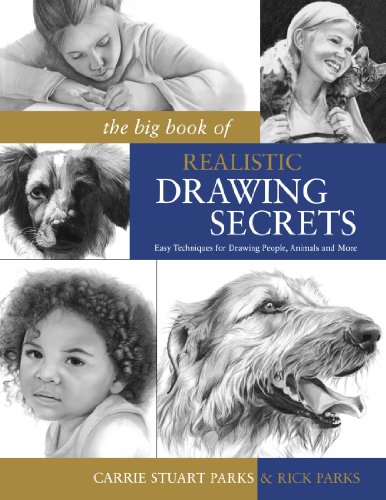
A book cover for The Big Book of Realistic Drawing Secrets: Easy Techniques for drawing people, animals, flowers and nature; Carrie Stuart Parks; Arts & Photography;